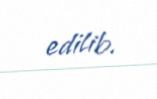
edilib.